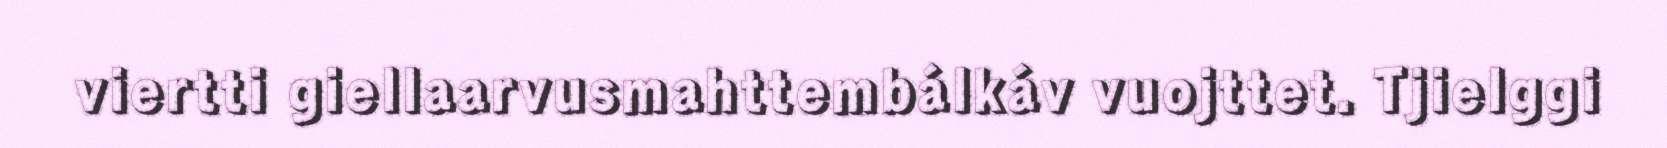
viertti giellaarvusmahttembálkáv vuojttet. Tjielggi